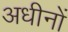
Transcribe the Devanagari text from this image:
अधीनों